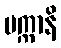
ပက္ကာနိ